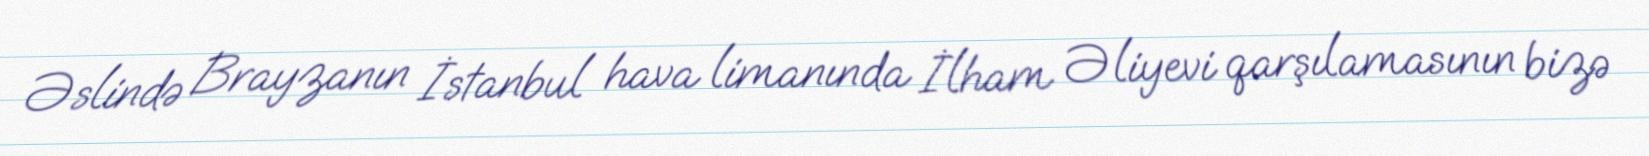
Əslində Brayzanın İstanbul hava limanında İlham Əliyevi qarşılamasının bizə